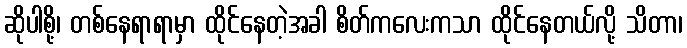
ဆိုပါစို့၊ တစ်နေရာရာမှာ ထိုင်နေတဲ့အခါ စိတ်ကလေးကသာ ထိုင်နေတယ်လို့ သိတာ၊